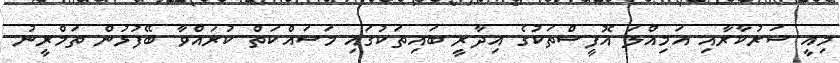
މިއީ ސަރުކާރާއި އަމިއްލަ އޮފީސްތަކުގެ އިދާރީ ބައިތަކުގައި މަސައްކަތް ކުރައްވާ ބޭފުޅުން ތަމްރީނު